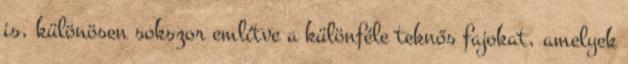
is, különösen sokszor említve a különféle teknős fajokat, amelyek